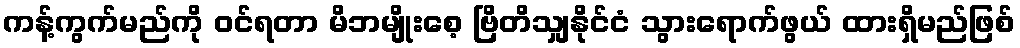
ကန့်ကွက်မည်ကို ဝင်ရတာ မိဘမျိုးစေ့ ဗြိတိသျှနိုင်ငံ သွားရောက်ဖွယ် ထားရှိမည်ဖြစ်